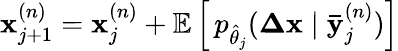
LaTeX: \mathbf{x}_{j+1}^{(n)}=\mathbf{x}_{j}^{(n)}+\mathbb{E}\left[\, p_{\hat{\theta}_{j}}(\mathbf{\Delta x}\mid\mathbf{\bar{y}}_{j}^{(n)})\right]